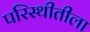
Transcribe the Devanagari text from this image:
परिस्थीतीला